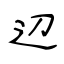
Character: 辺